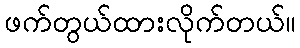
ဖက်တွယ်ထားလိုက်တယ်။